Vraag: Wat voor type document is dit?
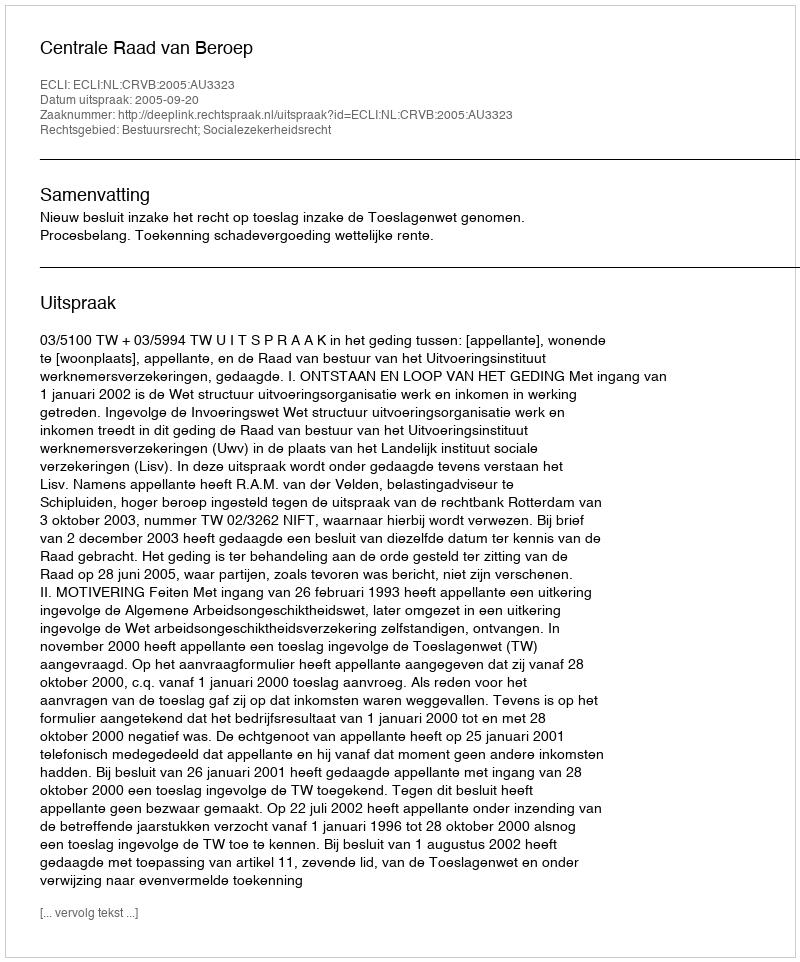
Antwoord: Uitspraak